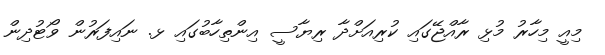
މިއީ މިހާރު މުޅި ރާއްޖޭގައި ކުރިއަށްދާ ރިޔާސީ އިންތިހާބުގައި ޅ. ނައިފަރުން ވޯޓުދިން